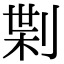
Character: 𠝝